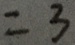
= 3